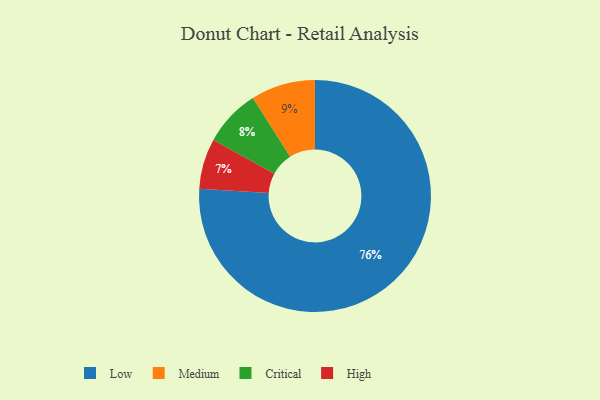
{"axis": {"x": "Category", "y": "Percentage"}, "legend": ["Critical", "High", "Low", "Medium"], "data": [{"x": "Medium", "y": 9, "type": "Medium"}, {"x": "Low", "y": 76, "type": "Low"}, {"x": "High", "y": 7, "type": "High"}, {"x": "Critical", "y": 8, "type": "Critical"}]}